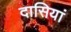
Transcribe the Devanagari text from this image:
दासियां